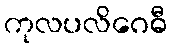
ကုလပလိဂေဓီ